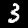
Digit: 3